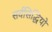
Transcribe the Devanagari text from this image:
सर्वसिद्धियों